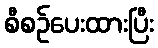
စီစဉ်ပေးထားပြီး